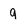
Character: 9